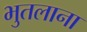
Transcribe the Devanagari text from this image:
भुतलाना